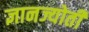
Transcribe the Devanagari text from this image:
ज्ञानज्योती